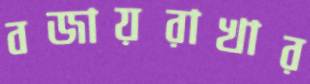
বজায়রাখার